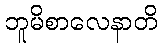
ဘူမိစာလေနာတိ